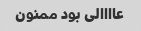
عاااالی بود ممنون